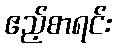
ဧည့်စာရင်း